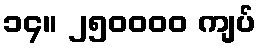
၁၄။ ၂၅၀၀၀၀ ကျပ်